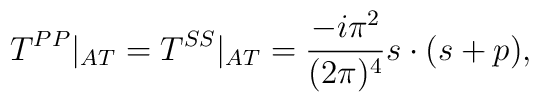
T^{PP}|_{AT}=T^{SS}|_{AT}=\frac{-i\pi ^{2}}{(2\pi )^{4}}s\cdot (s+p),